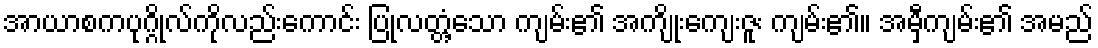
အာယာစကပုဂ္ဂိုလ်ကိုလည်းကောင်း ပြုလတ္တံ့သော ကျမ်း၏ အကျိုးကျေးဇူး ကျမ်း၏။ အမှီကျမ်း၏ အမည်